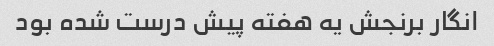
انگار برنجش یه هفته پیش درست شده بود